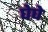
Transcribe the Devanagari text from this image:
घेघे